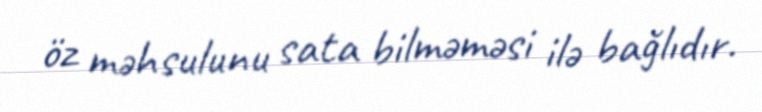
öz məhsulunu sata bilməməsi ilə bağlıdır.